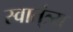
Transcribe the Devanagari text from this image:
स्वात्ंत्र्य